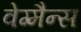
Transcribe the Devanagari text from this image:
वेग्मैन्स